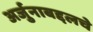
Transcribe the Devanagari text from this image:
अर्जुनाबद्दलचे